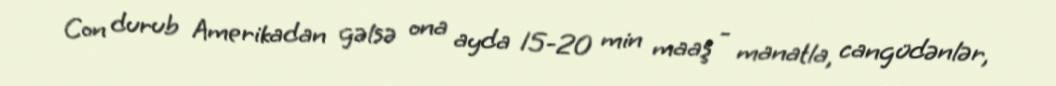
Con durub Amerikadan gəlsə ona ayda 15-20 min maaş - manatla, cangüdənlər,